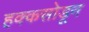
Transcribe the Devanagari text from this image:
हक्कसोडून